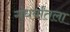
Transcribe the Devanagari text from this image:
गंधर्वांतला